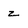
Character: z